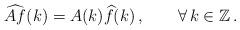
LaTeX: \begin{align*}\widehat{Af}(k)=A(k)\widehat{f}(k)\,,\qquad\forall\,k\in\mathbb Z\,.\end{align*}